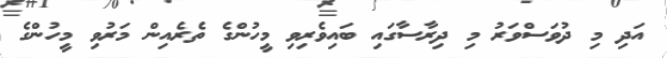
އަދި މި ދުވަސްވަރު މި ދިރާސާގައި ބައިވެރިވި މީހުންގެ ތެރެއިން މަރުވި މީހުންގެ